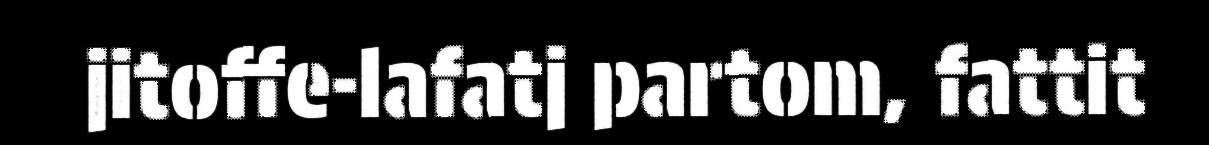
jitoffe-lafatj partom, fattit